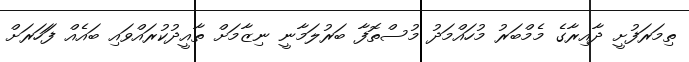
ތިމަރަފުށީ ދާއިރާގެ މެމްބަރު މުހައްމަދު މުސްތޮފާ ބަރުލަމާނީ ނިޒާމަށް ތާއީދުކުރައްވައި ބައެއް ފަަހަރަށް